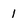
Character: 1